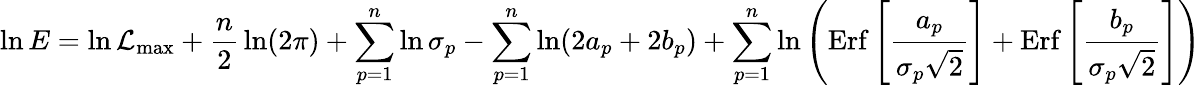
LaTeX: \ln E=\ln{\cal L}_{\mathrm{max}}+{\frac{n}{2}}\ln(2\pi)+\sum_{p=1}^{n}\ln\sigma_{p}-\sum_{p=1}^{n}\ln(2a_{p}+2b_{p})+\sum_{p=1}^{n}\ln\left(\mathrm{Erf}\left[{\frac{a_{p}}{\sigma_{p}\sqrt 2}}\right]+\mathrm{Erf}\left[{\frac{b_{p}}{\sigma_{p}\sqrt 2}}\right]\right)